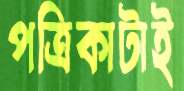
পত্রিকাটাই